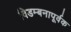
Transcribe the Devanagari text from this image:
विडम्बनापूर्वक